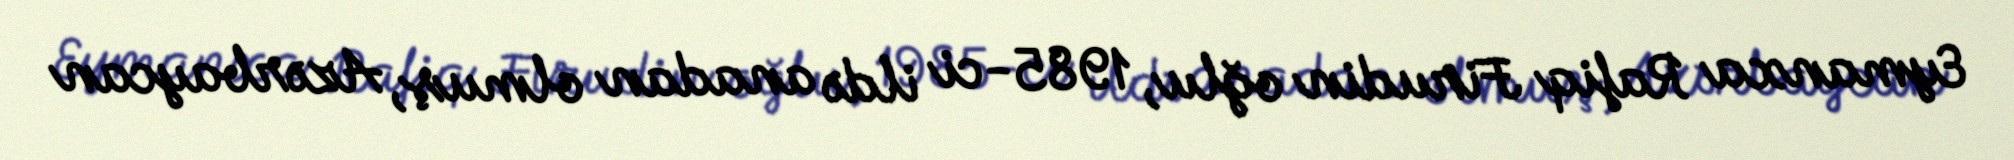
Eymanxa Rafiq Firudin oğlu, 1985-ci ildə anadan olmuş, Azərbaycan